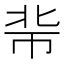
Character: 𢂖